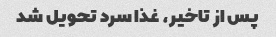
پس از تاخیر، غذا سرد تحویل شد